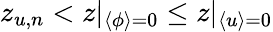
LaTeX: z_{u,n}<z|_{\langle\phi\rangle=0}\leq z|_{\langle u\rangle=0}